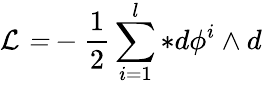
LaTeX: \mathcal{L=}-\frac{1}{2}\sum_{i=1}^{l}\ast d\phi^{i}\wedge d